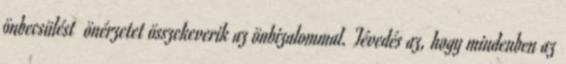
önbecsülést önérzetet összekeverik az önbizalommal. Tévedés az, hogy mindenben az